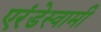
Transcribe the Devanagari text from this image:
एरंडेस्वामी